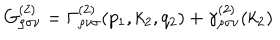
G _ { \rho \sigma \nu } ^ { ( 2 ) } = \Gamma _ { \rho \nu \sigma } ^ { ( 2 ) } ( p _ { 1 } , k _ { 2 } , q _ { 2 } ) + \gamma _ { \rho \sigma \nu } ^ { ( 2 ) } ( k _ { 2 } )